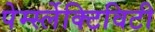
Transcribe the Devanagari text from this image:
पेर्म्स्लेक्टिविटी